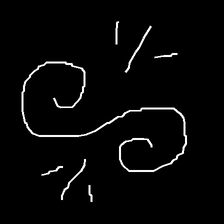
Glyph: wind-directs-air